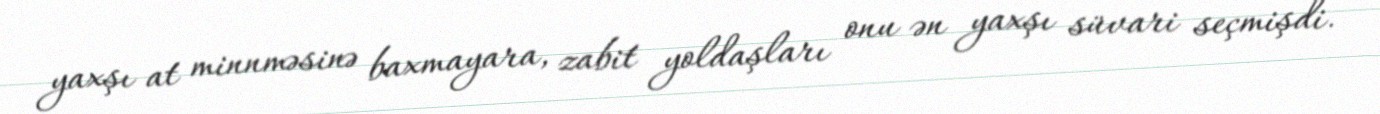
yaxşı at minnməsinə baxmayara, zabit yoldaşları onu ən yaxşı süvari seçmişdi.